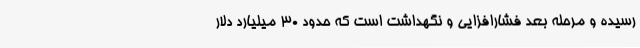
رسیده و مرحله بعد فشارافزایی و نگهداشت است که حدود 30 میلیارد دلار